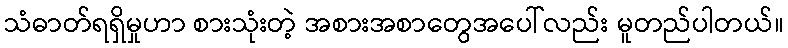
သံဓာတ်ရရှိမှုဟာ စားသုံးတဲ့ အစားအစာတွေအပေါ်လည်း မူတည်ပါတယ်။